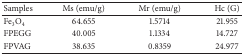
<table><thead><tr><td><b>Samples</b></td><td><b>Ms (emu/g)</b></td><td><b>Mr (emu/g)</b></td><td><b>Hc (G)</b></td></tr></thead><tbody><tr><td>Fe<sub>3</sub>O<sub>4</sub></td><td>64.655</td><td>1.5714</td><td>21.955</td></tr><tr><td>FPEGG</td><td>40.005</td><td>1.1334</td><td>14.727 </td></tr><tr><td>FPVAG</td><td>38.635</td><td>0.8359</td><td>24.977</td></tr></tbody></table>